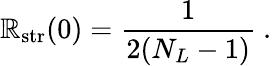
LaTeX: \mathbb{R}_{\mathrm{{str}}}(0)={\frac{{1}}{{2(N_{L}-1)}}}\ .